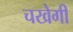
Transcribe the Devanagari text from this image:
चखेगी